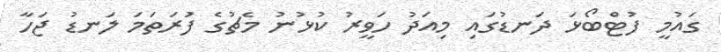
ގައުމީ ފުޓްބޯޅަ ދަނޑުގައި މިއަދު ހަވީރު ކުޅުނުު މެޗުގެ ފުަރަތަމަ ލަނޑު ޖަހާ